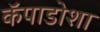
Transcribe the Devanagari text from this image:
कॅपाडोशा